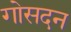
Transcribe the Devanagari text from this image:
गोसदन